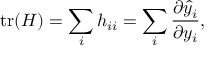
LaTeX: \operatorname { t r } ( H ) = \sum _ { i } h _ { i i } = \sum _ { i } { \frac { \partial { \hat { y } } _ { i } } { \partial y _ { i } } } ,